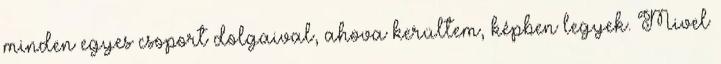
minden egyes csoport dolgaival, ahova kerültem, képben legyek. Mivel